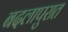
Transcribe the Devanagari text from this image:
बदलापुरात